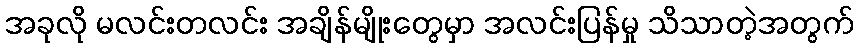
အခုလို မလင်းတလင်း အချိန်မျိုးတွေမှာ အလင်းပြန်မှု သိသာတဲ့အတွက်